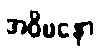
အဝိမနော